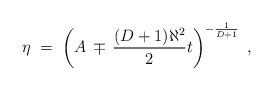
LaTeX: \begin{align*}\eta \;=\; \left( A \,\mp\, \frac{(D+1)\aleph^{2}}{2}t \right)^{-\frac{1}{D+1}} \; ,\end{align*}